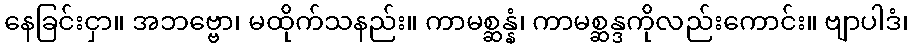
နေခြင်းငှာ။ အဘဗ္ဗော၊ မထိုက်သနည်း။ ကာမစ္ဆန္နံ၊ ကာမစ္ဆန္ဒကိုလည်းကောင်း။ ဗျာပါဒံ၊